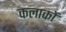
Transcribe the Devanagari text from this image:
कलाकों